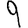
Digit: 9